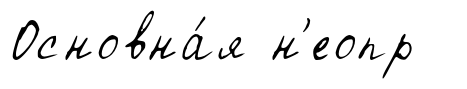
Основна́я н'еопр